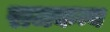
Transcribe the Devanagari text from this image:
राजकन्य